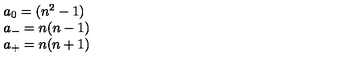
\begin{array} { l c r } { a _ { 0 } = ( { n ^ { 2 } } - 1 ) } \\ { a _ { - } = n ( n - 1 ) } \\ { a _ { + } = n ( n + 1 ) } \\ \end{array}